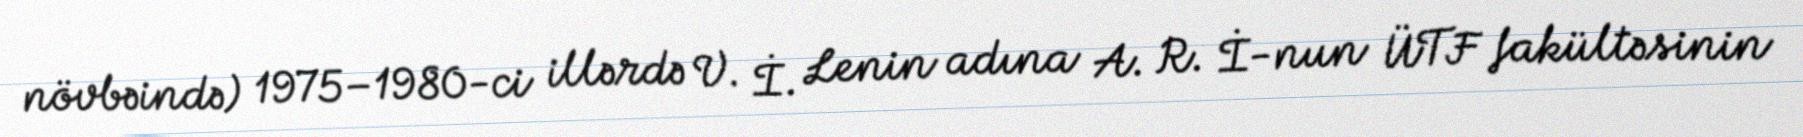
növbəində) 1975–1980-ci illərdə V. İ. Lenin adına A. R. İ-nun ÜTF fakültəsinin